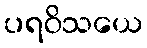
ပရဝိသယေ